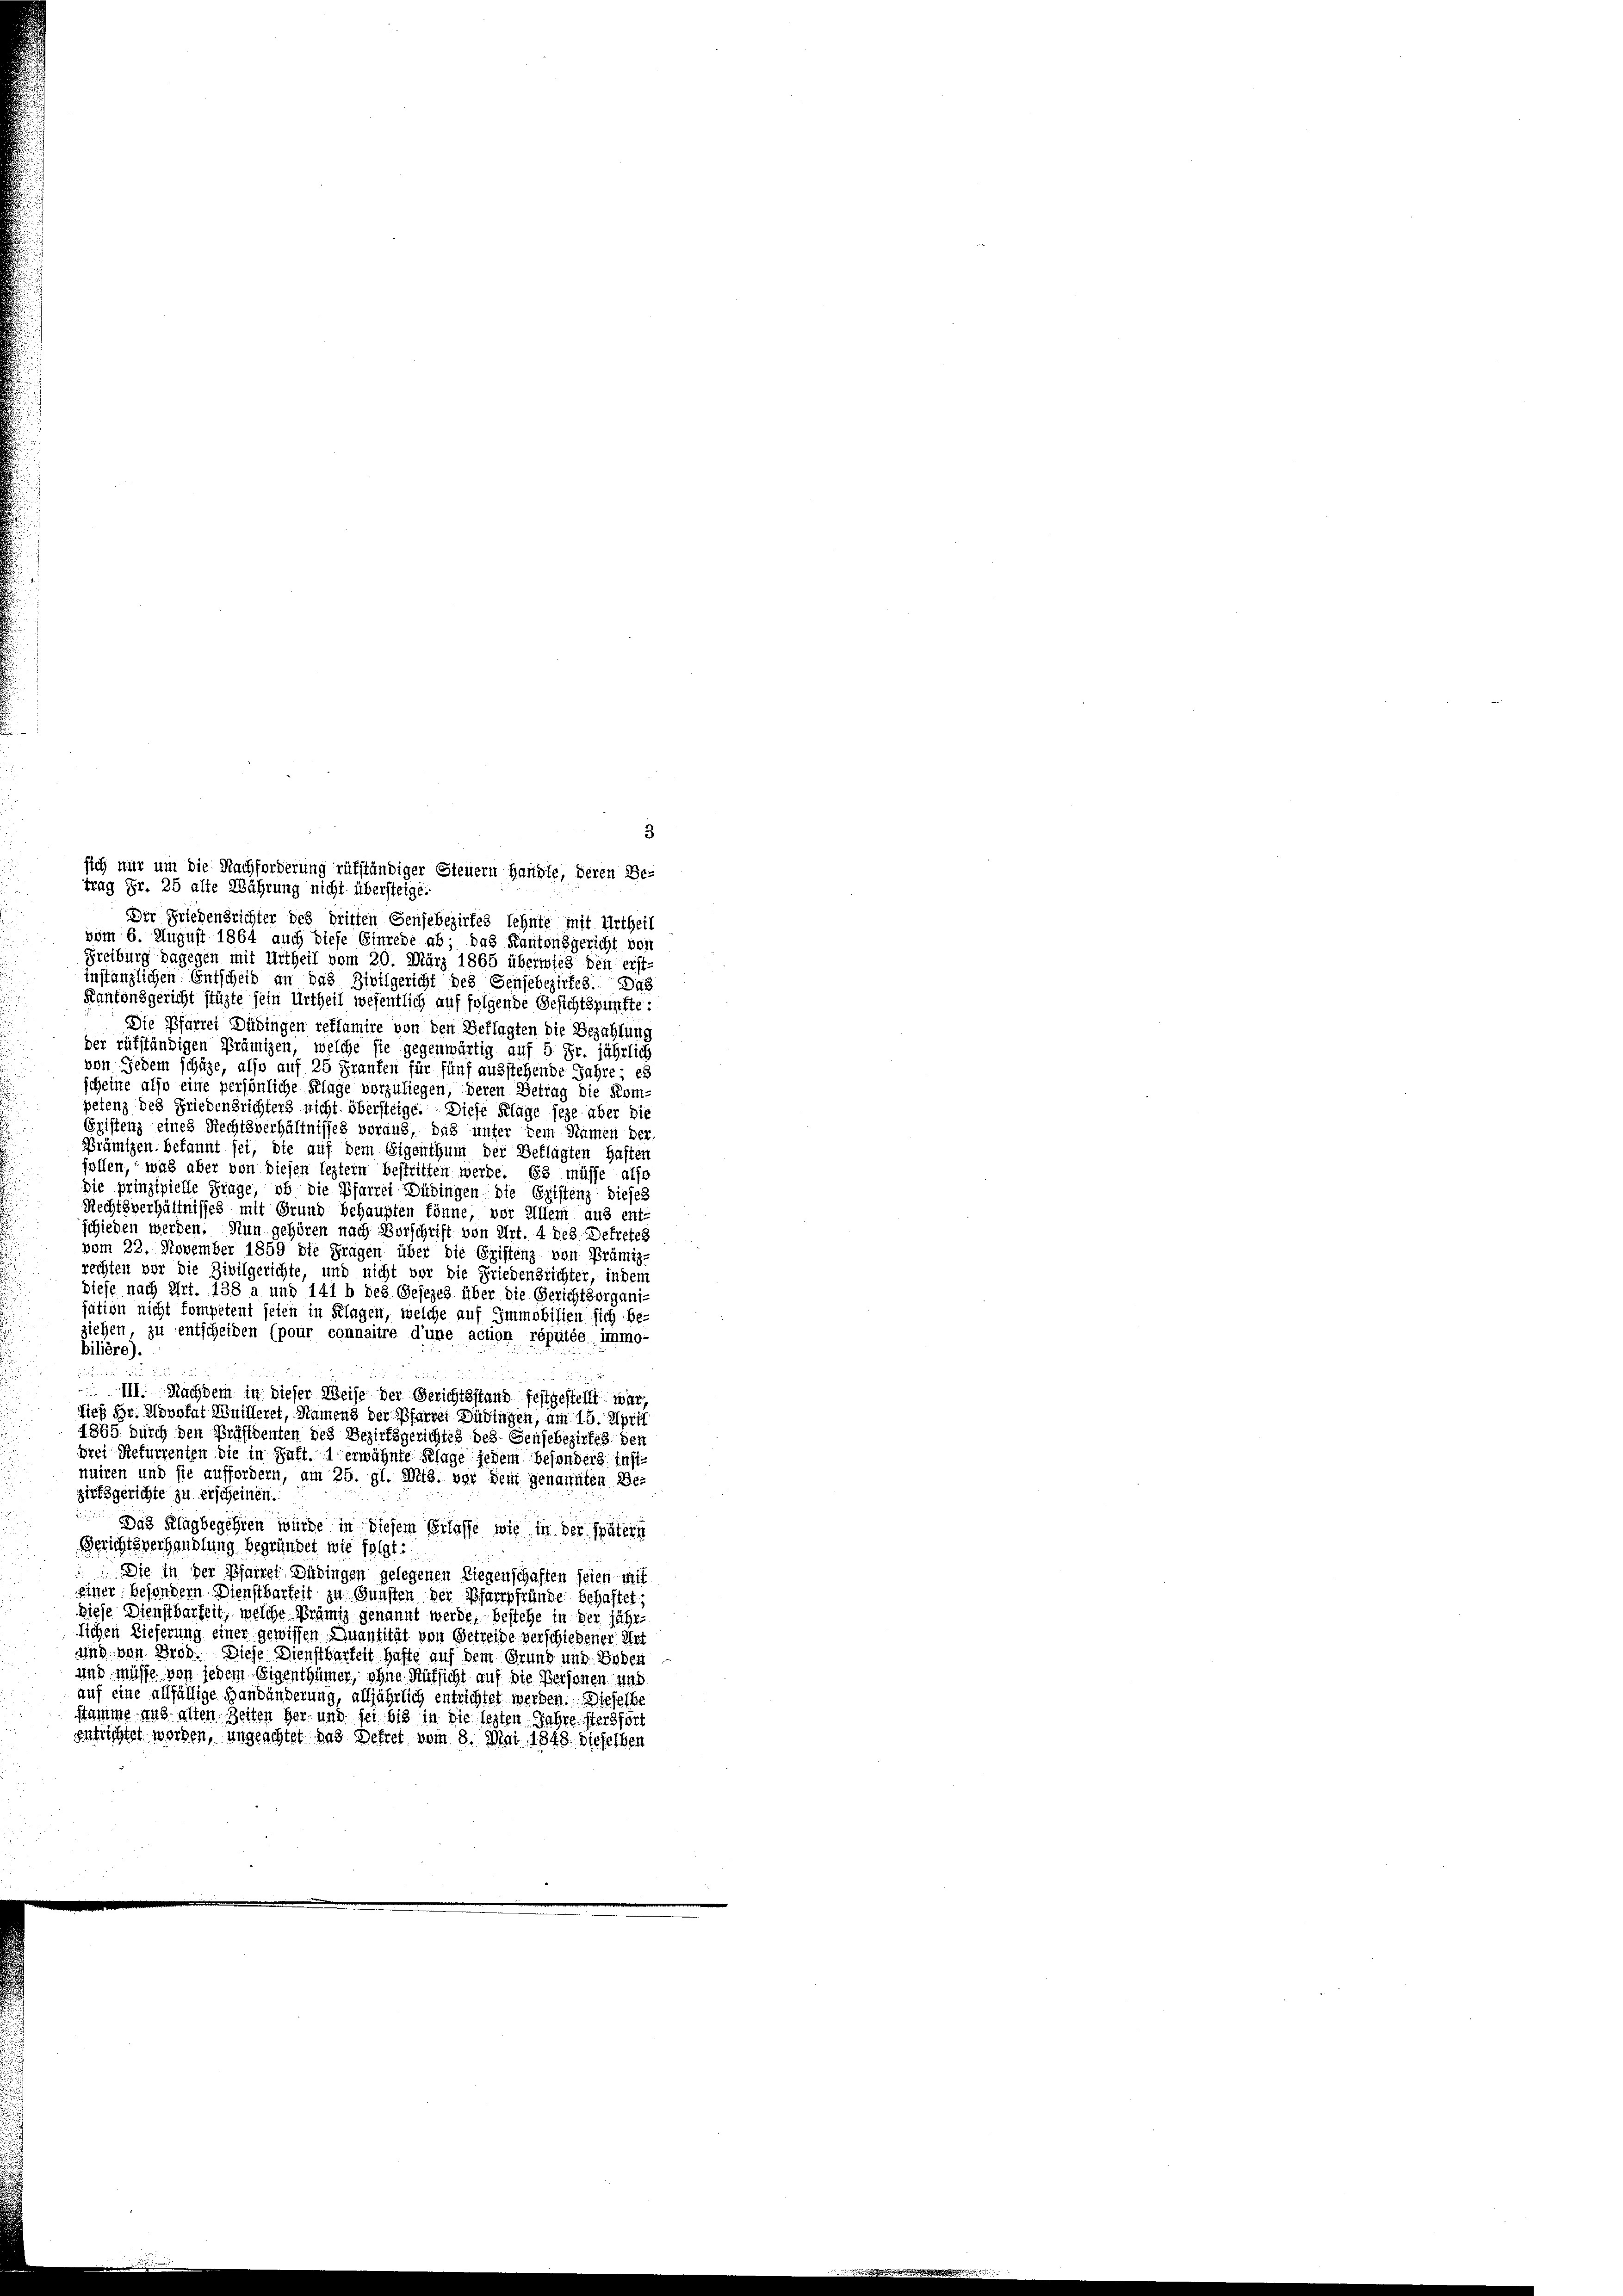
sich nur um die Nachforderung rufständiger Steuern Haupte, deren Be-
trag Fr. 25 alte Währung nicht übersteige:
Der Friedensrichter des dritten Sensebezirkes lehnte mit Urtheil
vom 6. August 1864 auch diese Einrede ab, das Kantonsgericht von
Freiburg dagegen mit Urtheil vom 20. März 1865 überwies den erst-
instanzlichen Entscheid an das Zivilgericht des Genfebezirkes. Das
Kantonsgericht stüzte sein Urtheil wesentlich auf folgende Gesichtspunkte:
Die Pfarrei Dübingen reflamire von den Beklagten die Bezahlung
der rufständigen Prämizen, welche sie gegenwärtig auf 5 Fr. jährlich
von Jedem schüze, also auf 25 Fraufen für fünf ausstehende Jahre; es
scheine also eine persönliche Klage vorzuliegen, deren Betrag die Kom-
petenz des Friedensrichters nicht übersteige. Diese Klage sehe aber die
Gristenz eines Rechtsverhältnisses voraus, das unter kein Namen der-
Prämien. Bekannt sei, die auf dem Eigenthum der Beklagten Haften
follen, was aber von diesen leztern bestritten werde. Es müsse also
die prinzipielle Frage, ob die Pfarrei Düdingen die Cristenz dieses
Rechtsverhältnisses mit Grund behaupten könne, vor Allem aus ent-
schieden werden. Nun gehören nach Vorschrift von Art. 4 des Betretes
vom 22. November 1859 die Fragen über die Eristenz von Prämiz-
rechten vor die Zivilgerichte, und nicht vor die Friedensrichter, indem
diese nach Art. 138 a und 141 b des Gesezes über die Gerichtsorgani-
sation nicht kompetent seien in Klagen, welche auf Immobilien sich be-
ziehen zu entscheiden (pour connaitre d’une action réputée immo-
bilière).
e

III. Nachdem in dieser Weise der Gerichtsstand festgestellt war,
dieß Hr. Novokat Meilleret, Namens der Pfarrei Jüdingen, am 15. Apri
1865 durch den Präsidenten des Bezirksgerichtes des Genfebezirkes den
drei Refurrenten die in Haft. 1 erwähnte Klage jedem besonders inst
nuiren und sie auffordern, am 25. gl. Mts. vor dem genannten Bezirksgerichte zu erscheinen.
 Das Klagbegehren würde in diesem Erlasse wie in der spätern
Gerichtsverhandlung begründet wie folgt:
Die in der Pfarrer Düringen gelegenen Liegenschaften seien mit
einer besondern Dienstbarkeit zu Gunsten der Pfarrpfründe behaftet,
Diese Dienstbarkeit, welche Prämig genannt werde, bestehe in der jährlichen Lieferung einer gewissen Quantität von Getreide verschiebener Art
und von Brod. Diese Dienstbarkeit hafte auf dem Grund und Boden
und müsse von jedem Eigenthümer, ohne Rüksicht auf die Personen uns
auf eine allfällige Handänderung, alljährlich entrichtet werden. Dieselbe
samme und alten Zeiten Her- und sei bis in die lezten Jahre stersfört
entrichtet worden, ungeachtet das Dekret vom 8. Mai 1848 dieselben

3